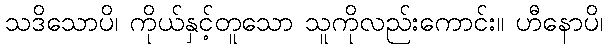
သဒိသောပိ၊ ကိုယ်နှင့်တူသော သူကိုလည်းကောင်း။ ဟီနောပိ၊